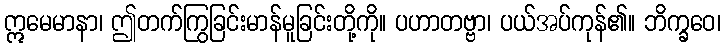
ဣမေမာနာ၊ ဤတက်ကြွခြင်းမာန်မူခြင်းတို့ကို။ ပဟာတဗ္ဗာ၊ ပယ်အပ်ကုန်၏။ ဘိက္ခဝေ၊